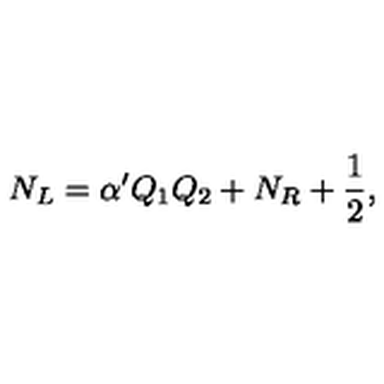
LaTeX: N _ { L } = \alpha ^ { \prime } Q _ { 1 } Q _ { 2 } + N _ { R } + { \frac { 1 } { 2 } } ,